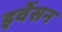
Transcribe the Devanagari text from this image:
इवेंसन